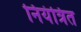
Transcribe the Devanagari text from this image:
नियंत्रित